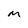
Character: M